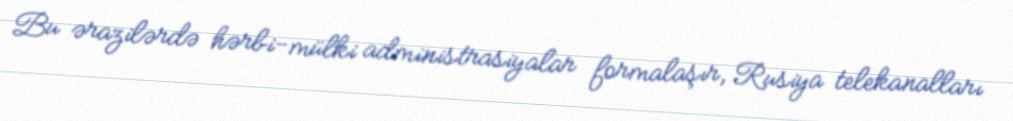
Bu ərazilərdə hərbi-mülki administrasiyalar formalaşır, Rusiya telekanalları